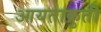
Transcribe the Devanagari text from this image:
आयताक्रुती